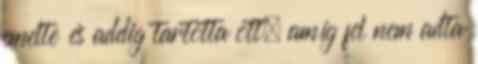
emelte és addig tartotta ott, amíg fel nem adta